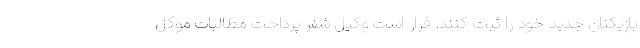
بازیکنان جدید خود را ثبت کنند. قرار است وکیل شفر پرداحت مطالبات موکل